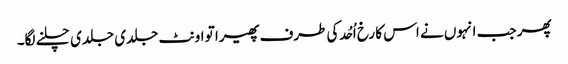
پھر جب انہوں نے اس کا رخ اُحُد کی طرف پھیرا تو اونٹ جلدی جلدی چلنے لگا۔